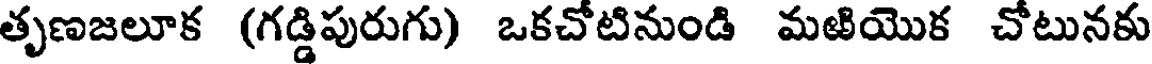
తృణజలూక (గడ్డిపురుగు) ఒకచోటినుండి మఱియొక చోటునకు